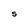
Character: S